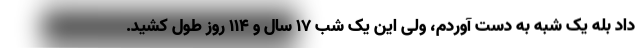
داد بله یک شبه به دست آوردم، ولی این یک شب 17 سال و 114 روز طول کشید.